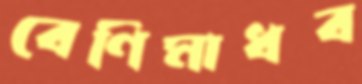
বেণিমাধব